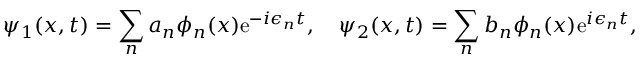
\psi _ { 1 } ( x , t ) = \sum _ { n } a _ { n } \phi _ { n } ( x ) \mathrm { e } ^ { - i \epsilon _ { n } t } , \quad \psi _ { 2 } ( x , t ) = \sum _ { n } b _ { n } \phi _ { n } ( x ) \mathrm { e } ^ { i \epsilon _ { n } t } ,